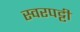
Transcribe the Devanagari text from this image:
स्वरपट्टी